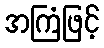
အကြံဖြင့်